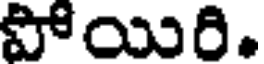
పోయిరి.